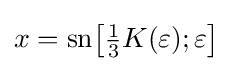
x={\text{sn}}{\bigl [}{\tfrac {1}{3}}K(\varepsilon );\varepsilon {\bigr ]}